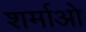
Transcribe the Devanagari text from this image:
शर्माओ